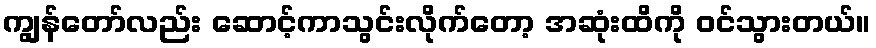
ကျွန်တော်လည်း ဆောင့်ကာသွင်းလိုက်တော့ အဆုံးထိကို ဝင်သွားတယ်။